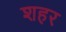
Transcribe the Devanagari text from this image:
शहर